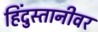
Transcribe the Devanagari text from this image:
हिंदुस्तानीवर